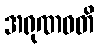
အရုဏဝတိ